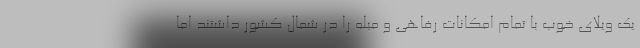
یک ویلای خوب با تمام امکانات رفاهی و مبله را در شمال کشور داشتند اما